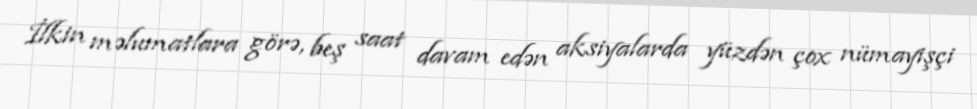
İlkin məlumatlara görə, beş saat davam edən aksiyalarda yüzdən çox nümayişçi